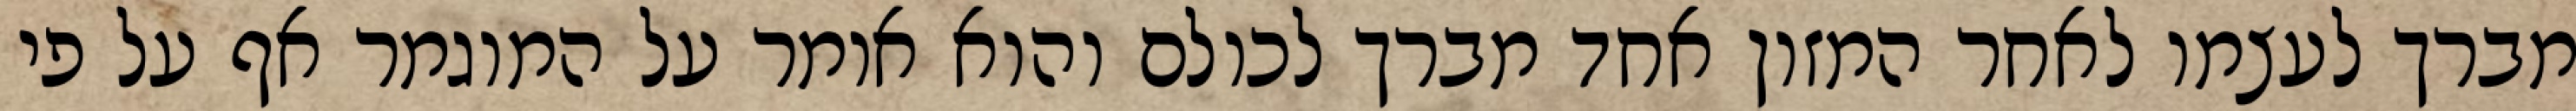
מברך לעצמו לאחר המזון אחד מברך לכולם והוא אומר על המוגמר אף על פי